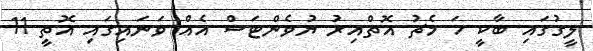
ލީގުގައި ބާކީ ހަ މެޗު އޮތްއިރު ޔުވެންޓަސް އެއް ވަނައިގައި އޮތީ 11